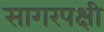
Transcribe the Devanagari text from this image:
सागरपक्षी